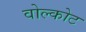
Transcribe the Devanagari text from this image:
वोल्कोट